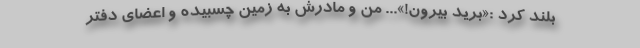
بلند کرد :«برید بیرون!»... من و مادرش به زمین چسبیده و اعضای دفتر